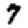
Digit: 7